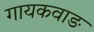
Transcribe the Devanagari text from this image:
गायकवाङ